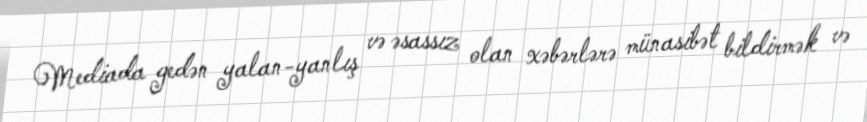
Mediada gedən yalan-yanlış və əsassız olan xəbərlərə münasibət bildirmək və